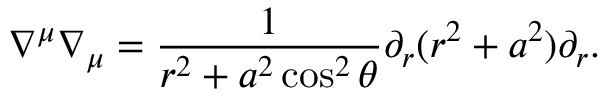
\nabla ^ { \mu } \nabla _ { \mu } = \frac 1 { r ^ { 2 } + a ^ { 2 } \cos ^ { 2 } \theta } \partial _ { r } ( r ^ { 2 } + a ^ { 2 } ) \partial _ { r } .